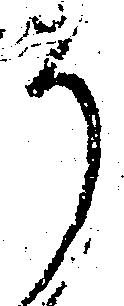
そ